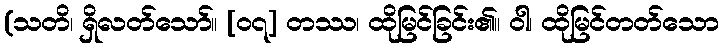
(သတိ၊ ရှိလတ်သော်။ [၀၇] တဿ၊ ထိုမြင်ခြင်း၏။ ဝါ၊ ထိုမြင်တတ်သော